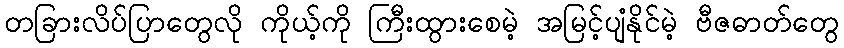
တခြားလိပ်ပြာတွေလို ကိုယ့်ကို ကြီးထွားစေမဲ့ အမြင့်ပျံနိုင်မဲ့ ဗီဇဓာတ်တွေ